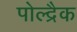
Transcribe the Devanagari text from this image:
पोल्द्रैक